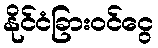
နိုင်ငံခြားဝင်ငွေ